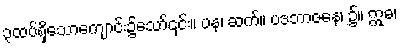
၃ထပ်ရှိသောကျောင်း၌သော်၎င်း။ ပန၊ ဆက်။ ပဒဘာဇနေ၊ ၌။ ဣဓ၊